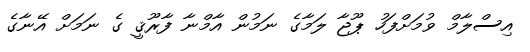
އިސްލާމް ވުމަށްފަހު ޕޫޖާ ލަމާގެ ނަމުން އާމްނާ ފާރޫޤީ ގެ ނަމަށް އޭނާގެ